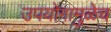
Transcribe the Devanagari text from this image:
उपयोगामुळेच